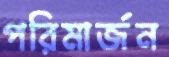
পরিমার্জন